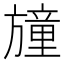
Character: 𣄛